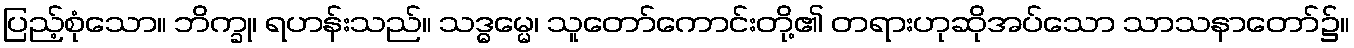
ပြည့်စုံသော။ ဘိက္ခု၊ ရဟန်းသည်။ သဒ္ဓမ္မေ၊ သူတော်ကောင်းတို့၏ တရားဟုဆိုအပ်သော သာသနာတော်၌။